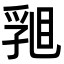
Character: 𥇽